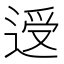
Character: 𰻃